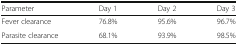
| Parameter | Day 1 | Day 2 | Day 3 |
 | --- | --- | --- | --- |
 | Fever clearance | 76.8% | 95.6% | 96.7% |
 | Parasite clearance | 68.1% | 93.9% | 98.5% |